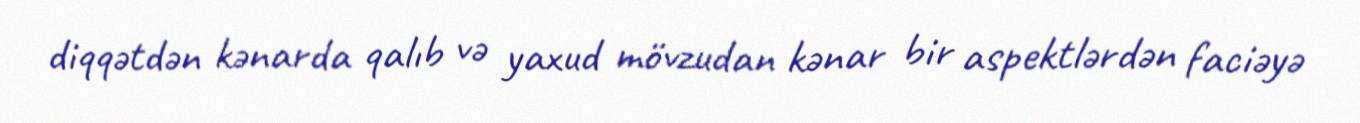
diqqətdən kənarda qalıb və yaxud mövzudan kənar bir aspektlərdən faciəyə